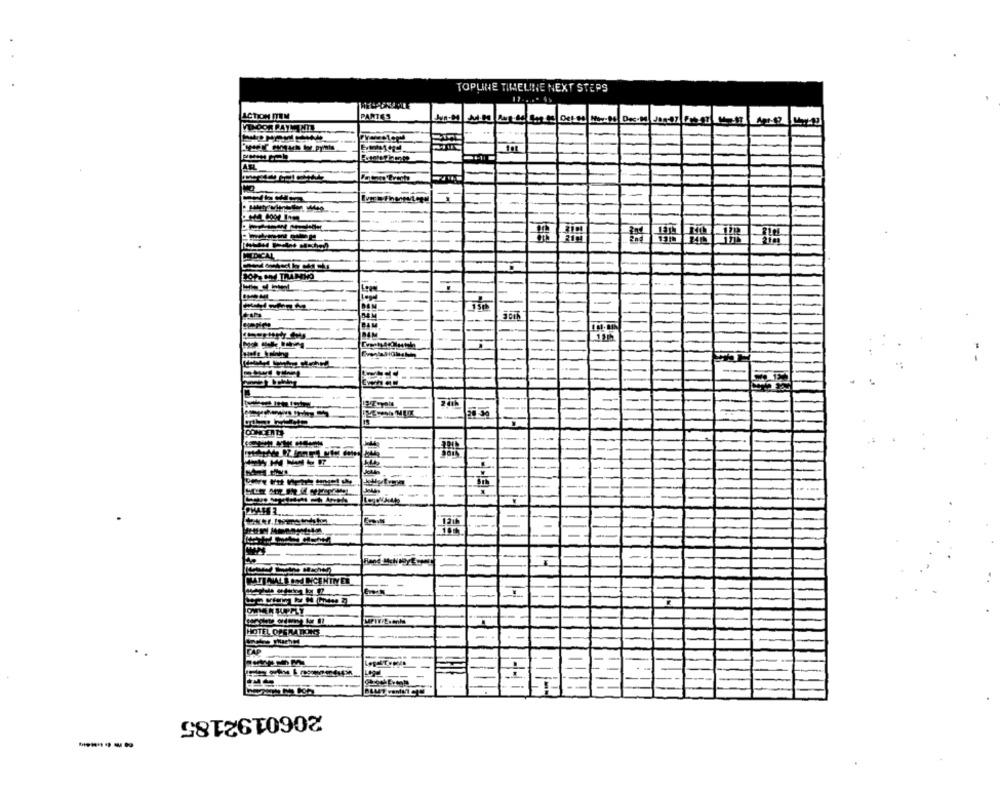
TOPLINE TIMELINE NEXT STEPS
ACTION ITEM
PANTES
-
-
BAM
BAM
-
MATINALE AN INCENTIVEE
HOTEL QUESTIONS
--
CAP
2060192185
----